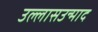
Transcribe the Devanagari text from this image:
उल्लासउन्माद